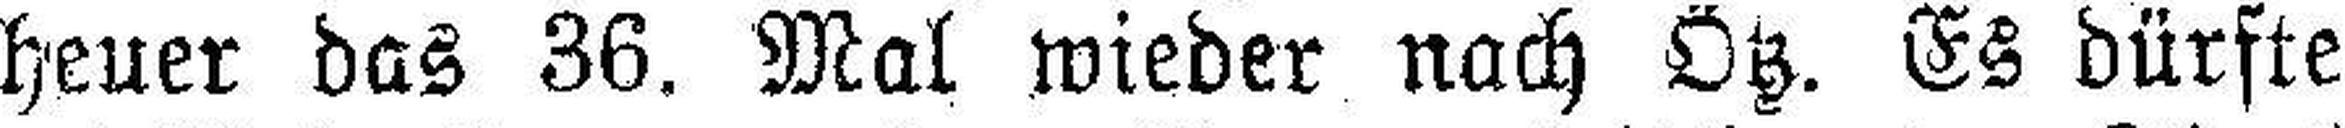
heuer das 36. Mal wieder nach Ötz. Es dürfte